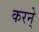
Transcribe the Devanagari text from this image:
करने्